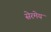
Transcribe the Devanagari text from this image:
सेरमेय